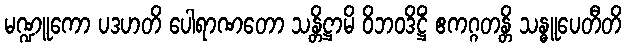
မဏ္ဍူကော ပဒဟတိ ပေါရာဏတော သန္တိဋ္ဌာမိ ဝိဘဝဒိဋ္ဌိံ ဧကဂ္ဂတန္တိ သန္ဓူပေတီတိ